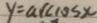
y = \arccos x